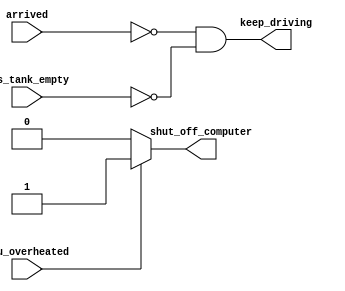
// https://hdlbits.01xz.net/wiki/Always_if2

// synthesis verilog_input_version verilog_2001
module top_module (
    input      cpu_overheated,
    output reg shut_off_computer,
    input      arrived,
    input      gas_tank_empty,
    output reg keep_driving  ); //

    always @(*) begin
        if (cpu_overheated)
            shut_off_computer = 1;
        else
            shut_off_computer = 0;
    end

    always @(*) begin
        keep_driving = ~arrived & ~gas_tank_empty | arrived & 1'b0;
    end

endmodule